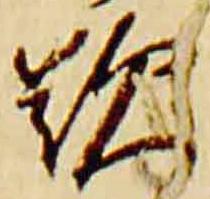
歎